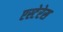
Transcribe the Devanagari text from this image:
एस्टेरेस